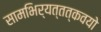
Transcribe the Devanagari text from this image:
सामभिर्यत्तत्कवयो